Vaccination North-Western Provinces and Oudh 1878-1895 - 1878-1895
Year: 1878
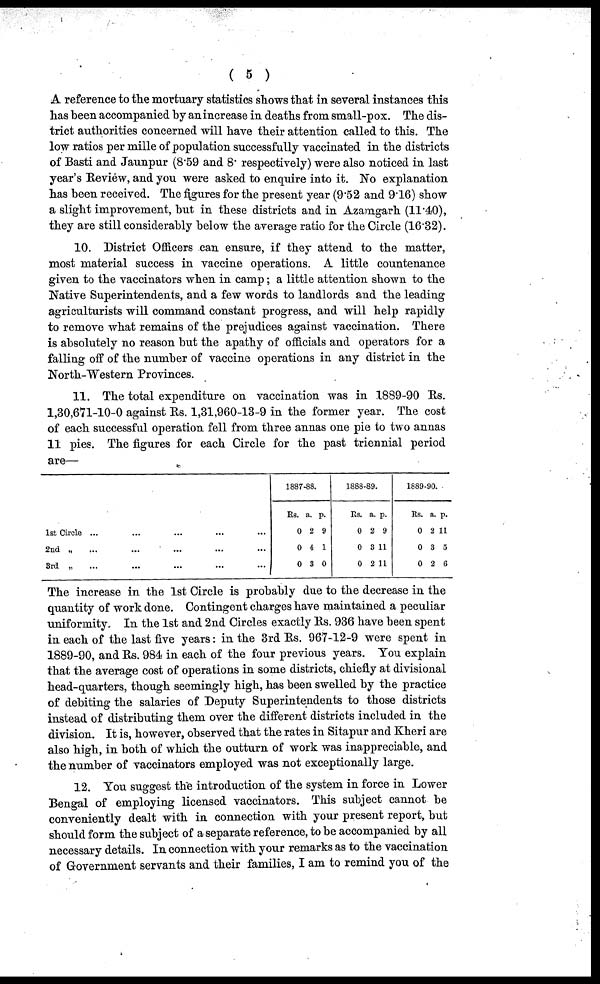
( 5 )
A reference to the mortuary statistics shows that in several instances this
has been accompanied by an increase in deaths from small-pox. The dis-
trict authorities concerned will have their attention called to this. The
low ratios per mille of population successfully vaccinated in the districts
of Basti and Jaunpur (8.59 and 8. respectively) were also noticed in last
year's Reviéw, and you were asked to enquire into it. No explanation
has been received. The figures for the present year (9.52 and 916) show
a slight improvement, hut in these districts and in Azamgarh (11.40),
they are still considerably below the average ratio for the Circle (16.32).
10. District Officers can ensure, if they attend to the matter,
most material success in vaccine operations. A little countenance
given to the vaccinators when in camp; a little attention shown to the
Native Superintendents, and a few words to landlords and the leading
agriculturists will command constant progress, and will help rapidly
to remove what remains of the prejudices against vaccination. There
is absolutely no reason hut the apathy of officials and operators for a
falling off of the number of vaccine operations in any district in the
North-Western Provinces.
11. The total expenditure on vaccination was in 1889-90 Rs.
1,30,671-10-0 against Rs. 1,31,960-13-9 in the former year. The cost
of each successful operation fell from three annas one pie to two annas
11 pies. The figures for each Circle for the past triennial period
are
1st Circle ... ... ... ... ...
2nd „ ... ... ... ... ...
3rd „ ... ... ... ... ...
1887-88.
Rs.
0
0
0
a.
2
4
3
p.
9
1
0
1888-89.
Rs.
0
0
0
a.
2
3
2
p.
9
11
11
1889-90.
Rs.
0
0
0
a.
2
3
2
p.
11
5
6
The increase in the 1st Circle is probably due to the decrease in the
quantity of work done. Contingent charges have maintained a peculiar
uniformity. In the 1st and 2nd Circles exactly Us. 936 have been spent
in each of the last five years: in the 3rd Rs. 967-12-9 were spent in
1889-90, and Rs. 984 in each of the four previous years. You explain
that the average cost of operations in some districts, chiefly at divisional
head-quarters, though seemingly high, has been swelled by the practice
of debiting the salaries of Deputy Superintendents to those districts
instead of distributing them over the different districts included in the
division. It is, however, observed that the rates in Sitapur and Kheri are
also high, in both of which the outturn of work was inappreciable, and
the number of vaccinators employed was not exceptionally large.
12. You suggest the introduction of the system in force in Lower
Bengal of employing licensed vaccinators. This subject cannot be
conveniently dealt with in connection with your present report, but
should form the subject of a separate reference, to be accompanied by all
necessary details. In connection with your remarks as to the vaccination
of Government servants and their families, I am to remind you of the